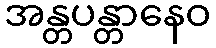
အန္တပန္တာနေဝ